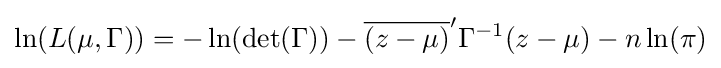
\ln(L(\mu ,\Gamma ))=-\ln(\det(\Gamma ))-{\overline {(z-\mu )}}'\Gamma ^{-1}(z-\mu )-n\ln(\pi )